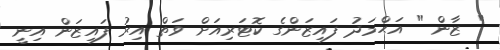
" ޒާން " އަޙްމަދު ފައިޒަންގެ ކޮޓަރިއަށް ވަތް އިރު ފައިޒަން އިނީ